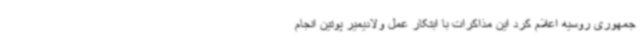
جمهوری روسیه اعلام کرد این مذاکرات با ابتکار عمل ولادیمیر پوتین انجام